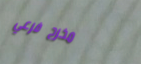
مخرج فرعي